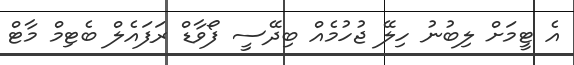
އެ ޓީމަށް ލިބުނު ހިލޭ ޖުހުމެއް ބިދޭސީ ފޯވާޑް ރަފައެލް ބެޓިމް މާޓް